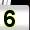
Digit: 5